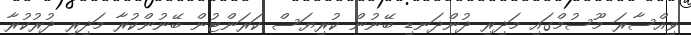
ވިއްސާރަ މޫސުމްގައި މަދިރި ދުންދަނޑި ބޭނުން ކުރިޔަސް ކަރަންޓުން ބޭނުންކުރާ މަދިރި ދުރުކުރާ